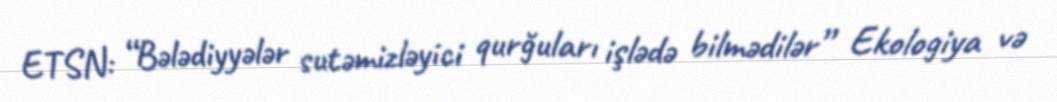
ETSN: “Bələdiyyələr sutəmizləyici qurğuları işlədə bilmədilər” Ekologiya və